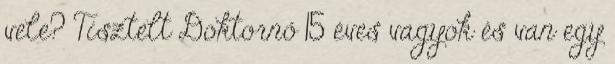
vele? Tisztelt Doktornő 15 éves vagyok és van egy